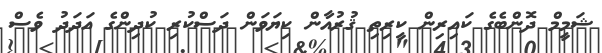
ޝަމީމް ދޮންބެގެ ކައިރިން ކީރިތި ޤުރުއާން ކިޔަވަން ދަސްކުރި ކުދިންގެ އަދަދު ވެސް